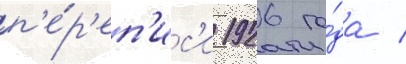
п'е́р'еп'ис'и 1926 го́да /